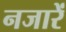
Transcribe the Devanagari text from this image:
नजारें